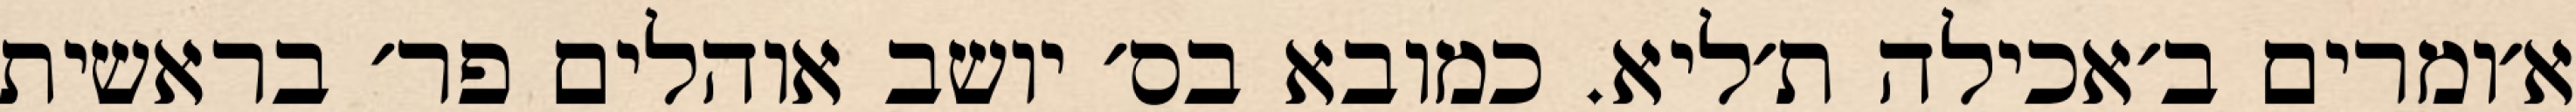
א׳ומרים ב׳אכילה ת׳ליא. כמובא בס׳ יושב אוהלים פר׳ בראשית